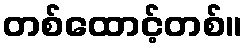
တစ်ထောင့်တစ်။